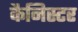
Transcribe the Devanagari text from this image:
कैनिस्टर